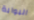
البوابة